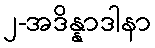
၂-အဒိန္နာဒါနာ